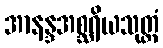
အာနန္ဒအစ္ဆရိယသုတ္တံ